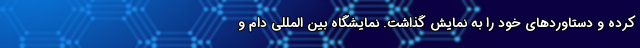
کرده و دستاوردهای خود را به نمایش گذاشت. نمایشگاه بین المللی دام و